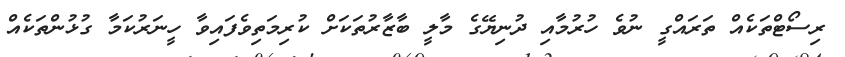
ރިސޯޓްތަކެއް ތަރައްގީ ނުވެ ހުރުމާއި ދުނިޔޭގެ މާލީ ބާޒާރުތަކަށް ކުރިމަތިވެފައިވާ ހީނަރުކަމާ ގުޅުންތަކެއް